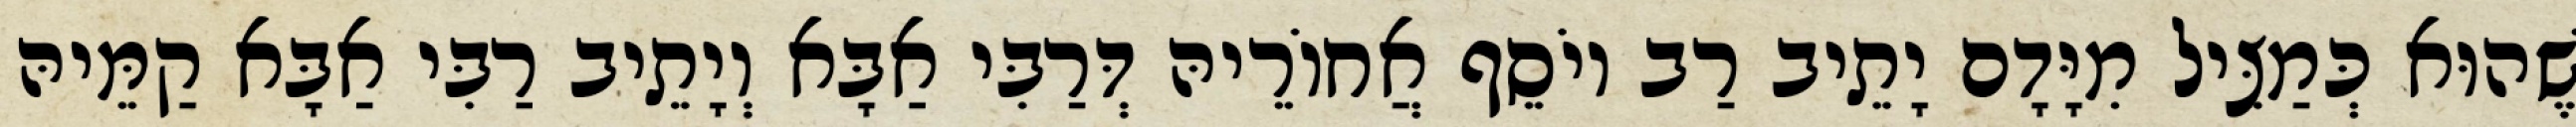
שֶׁהוּא כְּמַצִּיל מִיָּדָם יָתֵיב רַב יוֹסֵף אֲחוֹרֵיהּ דְּרַבִּי אַבָּא וְיָתֵיב רַבִּי אַבָּא קַמֵּיהּ